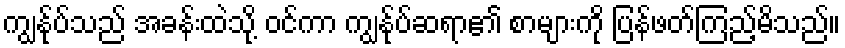
ကျွန်ုပ်သည် အခန်းထဲသို့ ဝင်ကာ ကျွန်ုပ်ဆရာ၏ စာများကို ပြန်ဖတ်ကြည့်မိသည်။